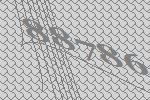
88786